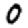
Digit: 0